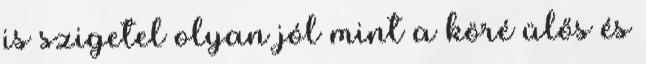
is szigetel olyan jól mint a köré ülős és